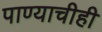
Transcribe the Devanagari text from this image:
पाण्याचीही